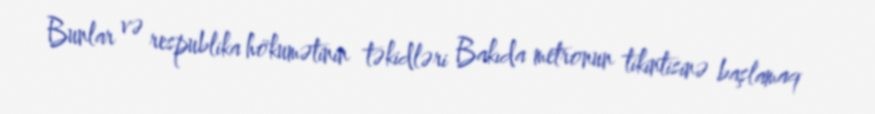
Bunlar və respublika hökumətinin təkidləri Bakıda metronun tikintisinə başlamaq